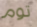
توم